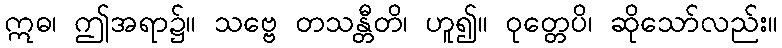
ဣဓ၊ ဤအရာ၌။ သဗ္ဗေ တသန္တီတိ၊ ဟူ၍။ ဝုတ္တေပိ၊ ဆိုသော်လည်း။